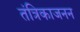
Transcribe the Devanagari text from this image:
तंत्रिकाजनन